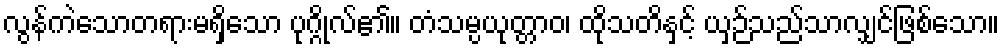
လွန်ကဲသောတရားမရှိသော ပုဂ္ဂိုလ်၏။ တံသမ္ပယုတ္တာဝ၊ ထိုသတိနှင့် ယှဉ်သည်သာလျှင်ဖြစ်သော။